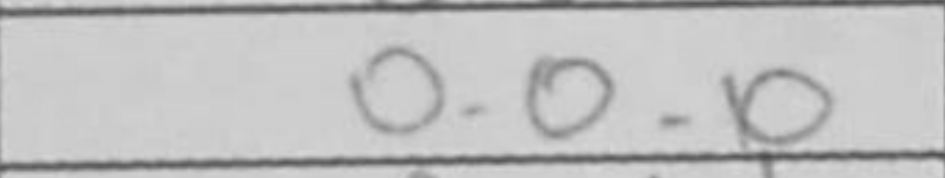
Transcription: O-O-O